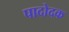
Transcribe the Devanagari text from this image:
पादोदक